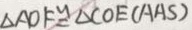
\Delta A O F \cong \Delta C O E ( A A S )